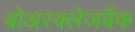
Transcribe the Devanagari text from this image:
बोअरक्लेजबैंक